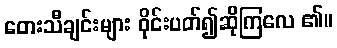
တေးသီချင်းများ ဝိုင်းပတ်၍ဆိုကြလေ ၏။